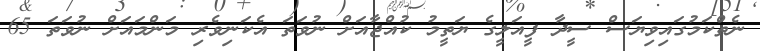
ނެތްކަމުގައިވިޔަސް ސީދާ ފީއަލީގެ ޔަތީމު ކުއްޖާއަށް ނުވަތަ އެކަނިވެރި މަންމައަށް ނުވަތަ 65